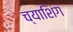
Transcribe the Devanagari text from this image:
च्याशिंग